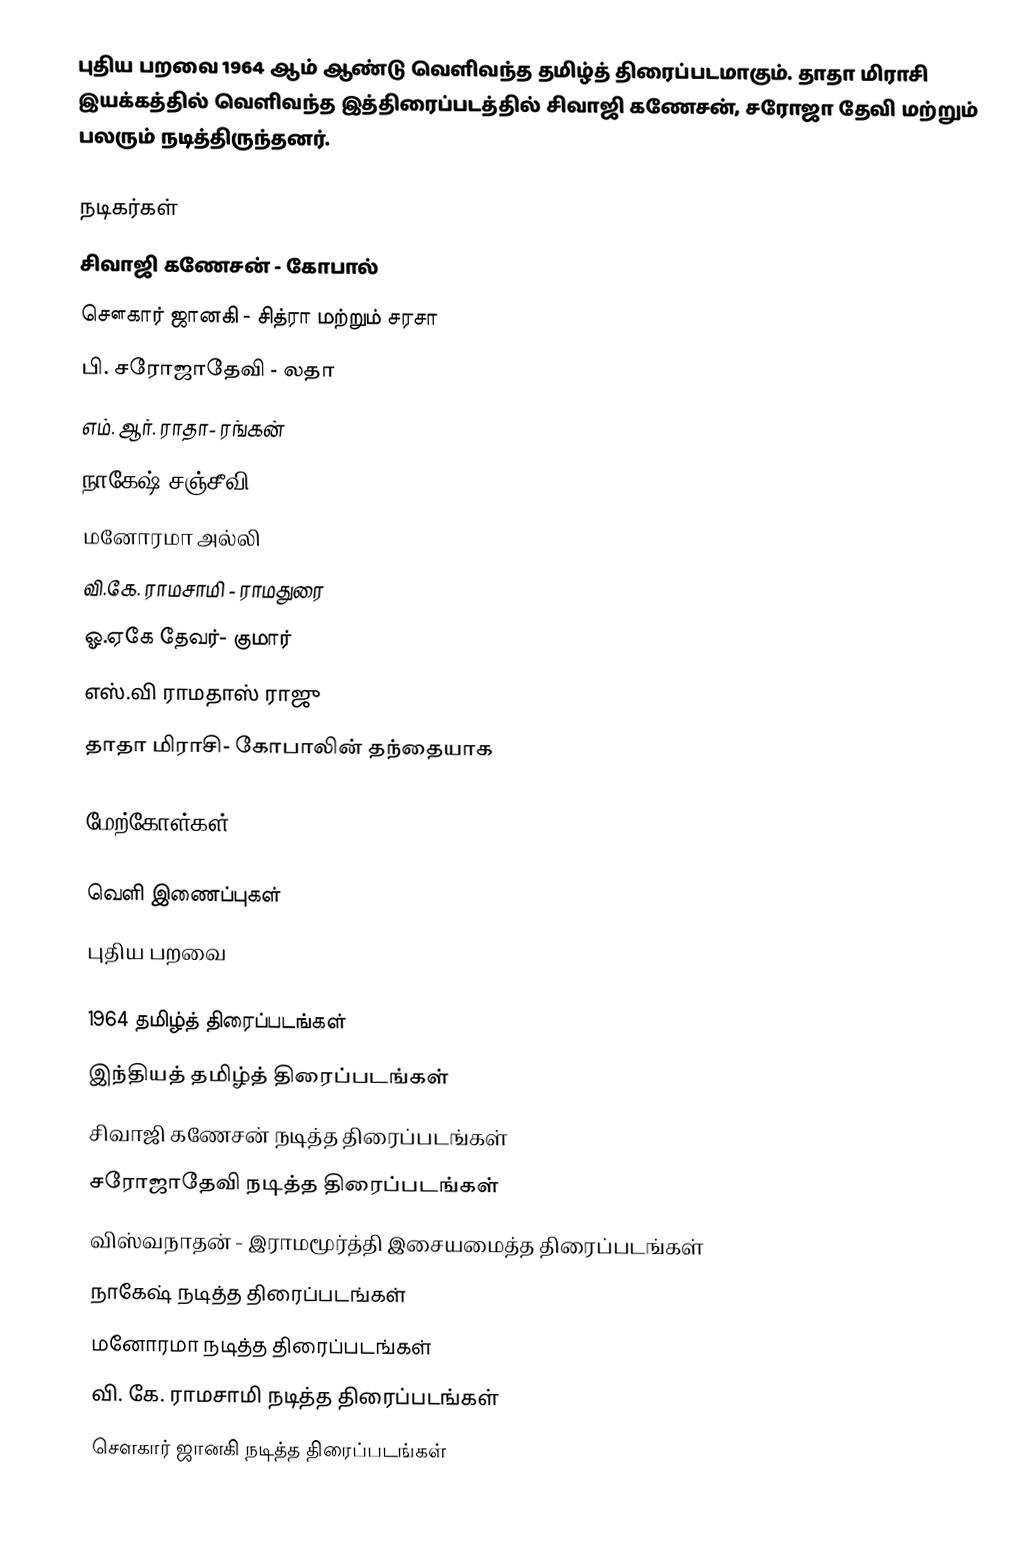
புதிய பறவை 1964 ஆம் ஆண்டு வெளிவந்த தமிழ்த் திரைப்படமாகும். தாதா மிராசி இயக்கத்தில் வெளிவந்த இத்திரைப்படத்தில் சிவாஜி கணேசன், சரோஜா தேவி மற்றும் பலரும் நடித்திருந்தனர்.

நடிகர்கள்
 சிவாஜி கணேசன் - கோபால்
 சௌகார் ஜானகி - சித்ரா மற்றும் சரசா
 பி. சரோஜாதேவி -  லதா
 எம். ஆர். ராதா- ரங்கன்
 நாகேஷ் சஞ்சீவி
 மனோரமா அல்லி
 வி.கே. ராமசாமி -  ராமதுரை
 ஓ.ஏகே தேவர்- குமார்
 எஸ்.வி ராமதாஸ் ராஜு
 தாதா மிராசி- கோபாலின் தந்தையாக

மேற்கோள்கள்

வெளி இணைப்புகள்
 புதிய பறவை

1964 தமிழ்த் திரைப்படங்கள்
இந்தியத் தமிழ்த் திரைப்படங்கள்
சிவாஜி கணேசன் நடித்த திரைப்படங்கள்
சரோஜாதேவி நடித்த திரைப்படங்கள்
விஸ்வநாதன் - இராமமூர்த்தி இசையமைத்த திரைப்படங்கள்
நாகேஷ் நடித்த திரைப்படங்கள்
மனோரமா நடித்த திரைப்படங்கள்
வி. கே. ராமசாமி நடித்த திரைப்படங்கள்
சௌகார் ஜானகி நடித்த திரைப்படங்கள்